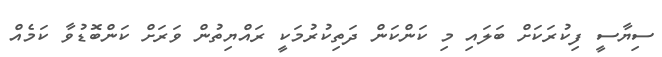
ސިޔާސީ ފިކުރަކަށް ބަލައި މި ކަންކަން ދަތިކުރުމަކީ ރައްޔިތުން ވަރަށް ކަންބޮޑުވާ ކަމެއް